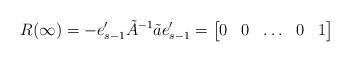
LaTeX: \begin{align*} R(\infty) = - e_{s-1}' \tilde{A}^{-1} \tilde{a} e_{s-1}' = \begin{bmatrix} 0 & 0 & \ldots & 0 & 1 \end{bmatrix}\end{align*}